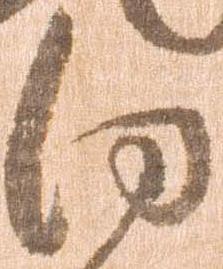
向